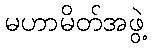
မဟာမိတ်အဖွဲ့